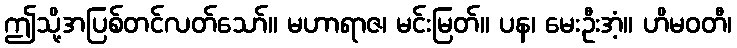
ဤသို့အပြစ်တင်လတ်သော်။ မဟာရာဇ၊ မင်းမြတ်။ ပန၊ မေးဦးအံ့။ ဟိမဝတီ၊